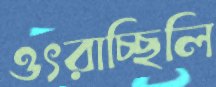
ওৎরাচ্ছিলি